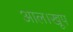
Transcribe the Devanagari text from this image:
आल।खूप